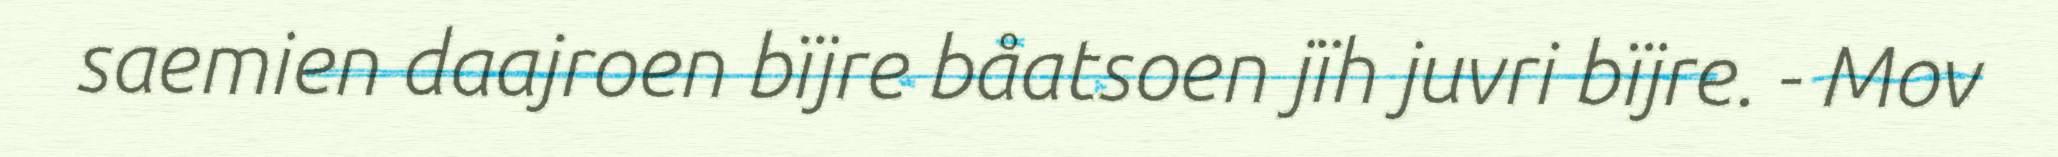
saemien daajroen bïjre båatsoen jïh juvri bïjre. - Mov